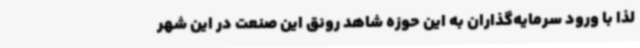
لذا با ورود سرمایه‌گذاران به این حوزه شاهد رونق این صنعت در این شهر